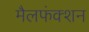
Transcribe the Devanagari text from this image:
मैलफंक्शन